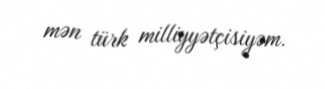
mən türk milliyyətçisiyəm.